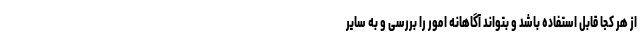
از هر کجا قابل استفاده باشد و بتواند آگاهانه امور را بررسی و به سایر